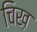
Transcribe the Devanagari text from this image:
चिख़